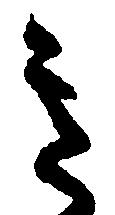
き